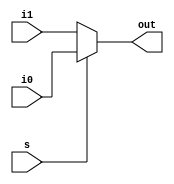
module two_to_one_mux (out, i0, i1, s);
output wire [63:0] out;
input wire [63:0] i0, i1;
input wire s;   

assign out = s ? i0 : i1;

endmodule